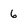
Character: 6